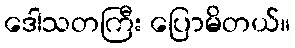
ဒေါသတကြီး ပြောမိတယ်။